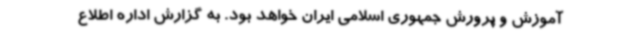
آموزش و پرورش جمهوری اسلامی ایران خواهد بود. به گزارش اداره اطلاع